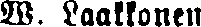
W. Laakkonen